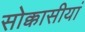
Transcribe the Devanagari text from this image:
सोक्कासीयां